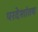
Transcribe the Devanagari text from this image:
परदेशांतच